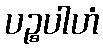
ပဉ္စပါဟံ